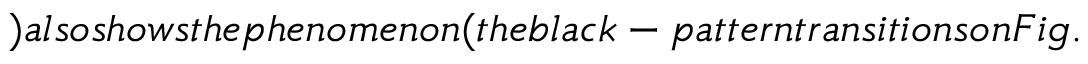
) a l s o s h o w s t h e p h e n o m e n o n ( t h e b l a c k - p a t t e r n t r a n s i t i o n s o n F i g .